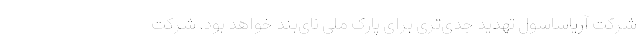
شرکت آریاساسول تهدید جدی‌تری برای پارک ملی نای‌بند خواهد بود. شرکت